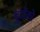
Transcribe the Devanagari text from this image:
बूंदोंको